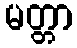
မတ္တာ